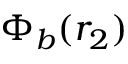
\Phi _ { b } ( r _ { 2 } )